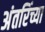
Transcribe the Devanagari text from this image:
अंतरिंच्या